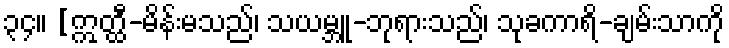
၃၄။ [ဣတ္ထီ-မိန်းမသည်၊ သယမ္ဘူ-ဘုရားသည်၊ သုခကာရိ-ချမ်းသာကို